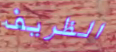
الظريف